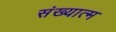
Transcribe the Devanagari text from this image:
संख्यात्म